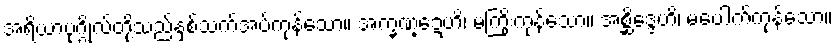
အရိယာပုဂ္ဂိုလ်တို့သည်နှစ်သက်အပ်ကုန်သော။ အက္ခဏ္ဍေဟိ၊ မကြိုးကုန်သော။ အစ္ဆိဒ္ဒေဟိ၊ မပေါက်ကုန်သော။